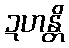
ဍဟန္တိ